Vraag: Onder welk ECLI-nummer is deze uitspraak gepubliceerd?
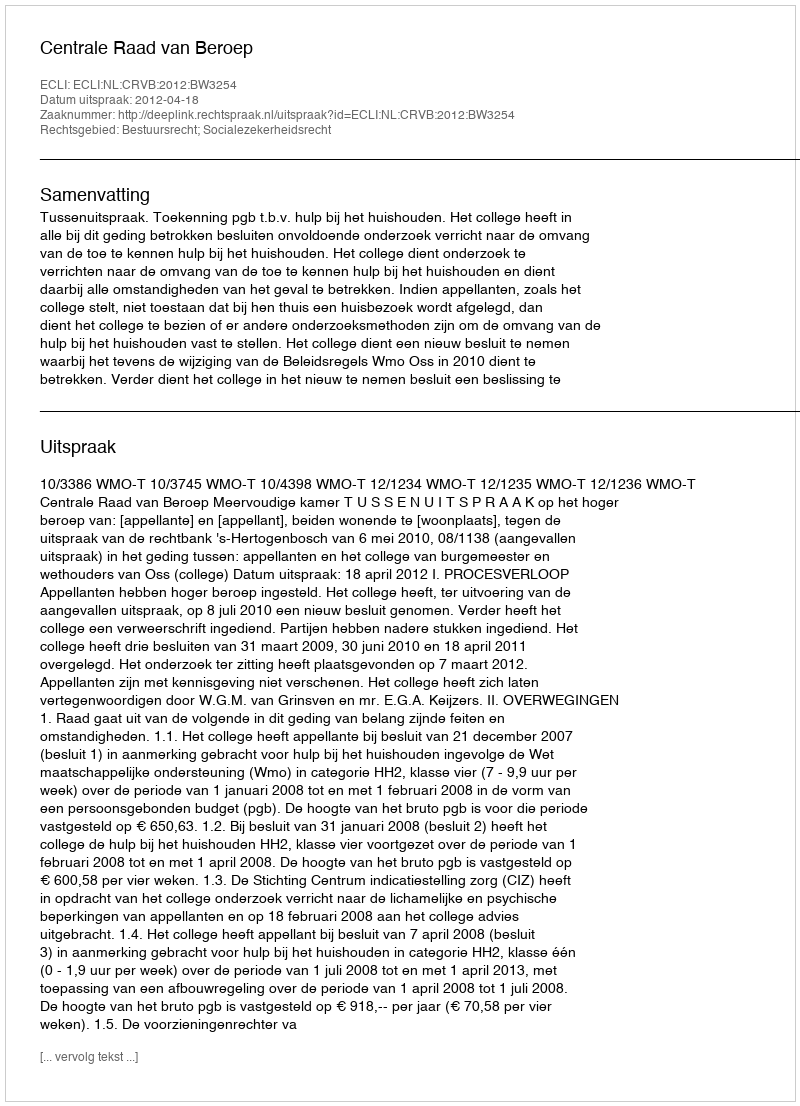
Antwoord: ECLI:NL:CRVB:2012:BW3254